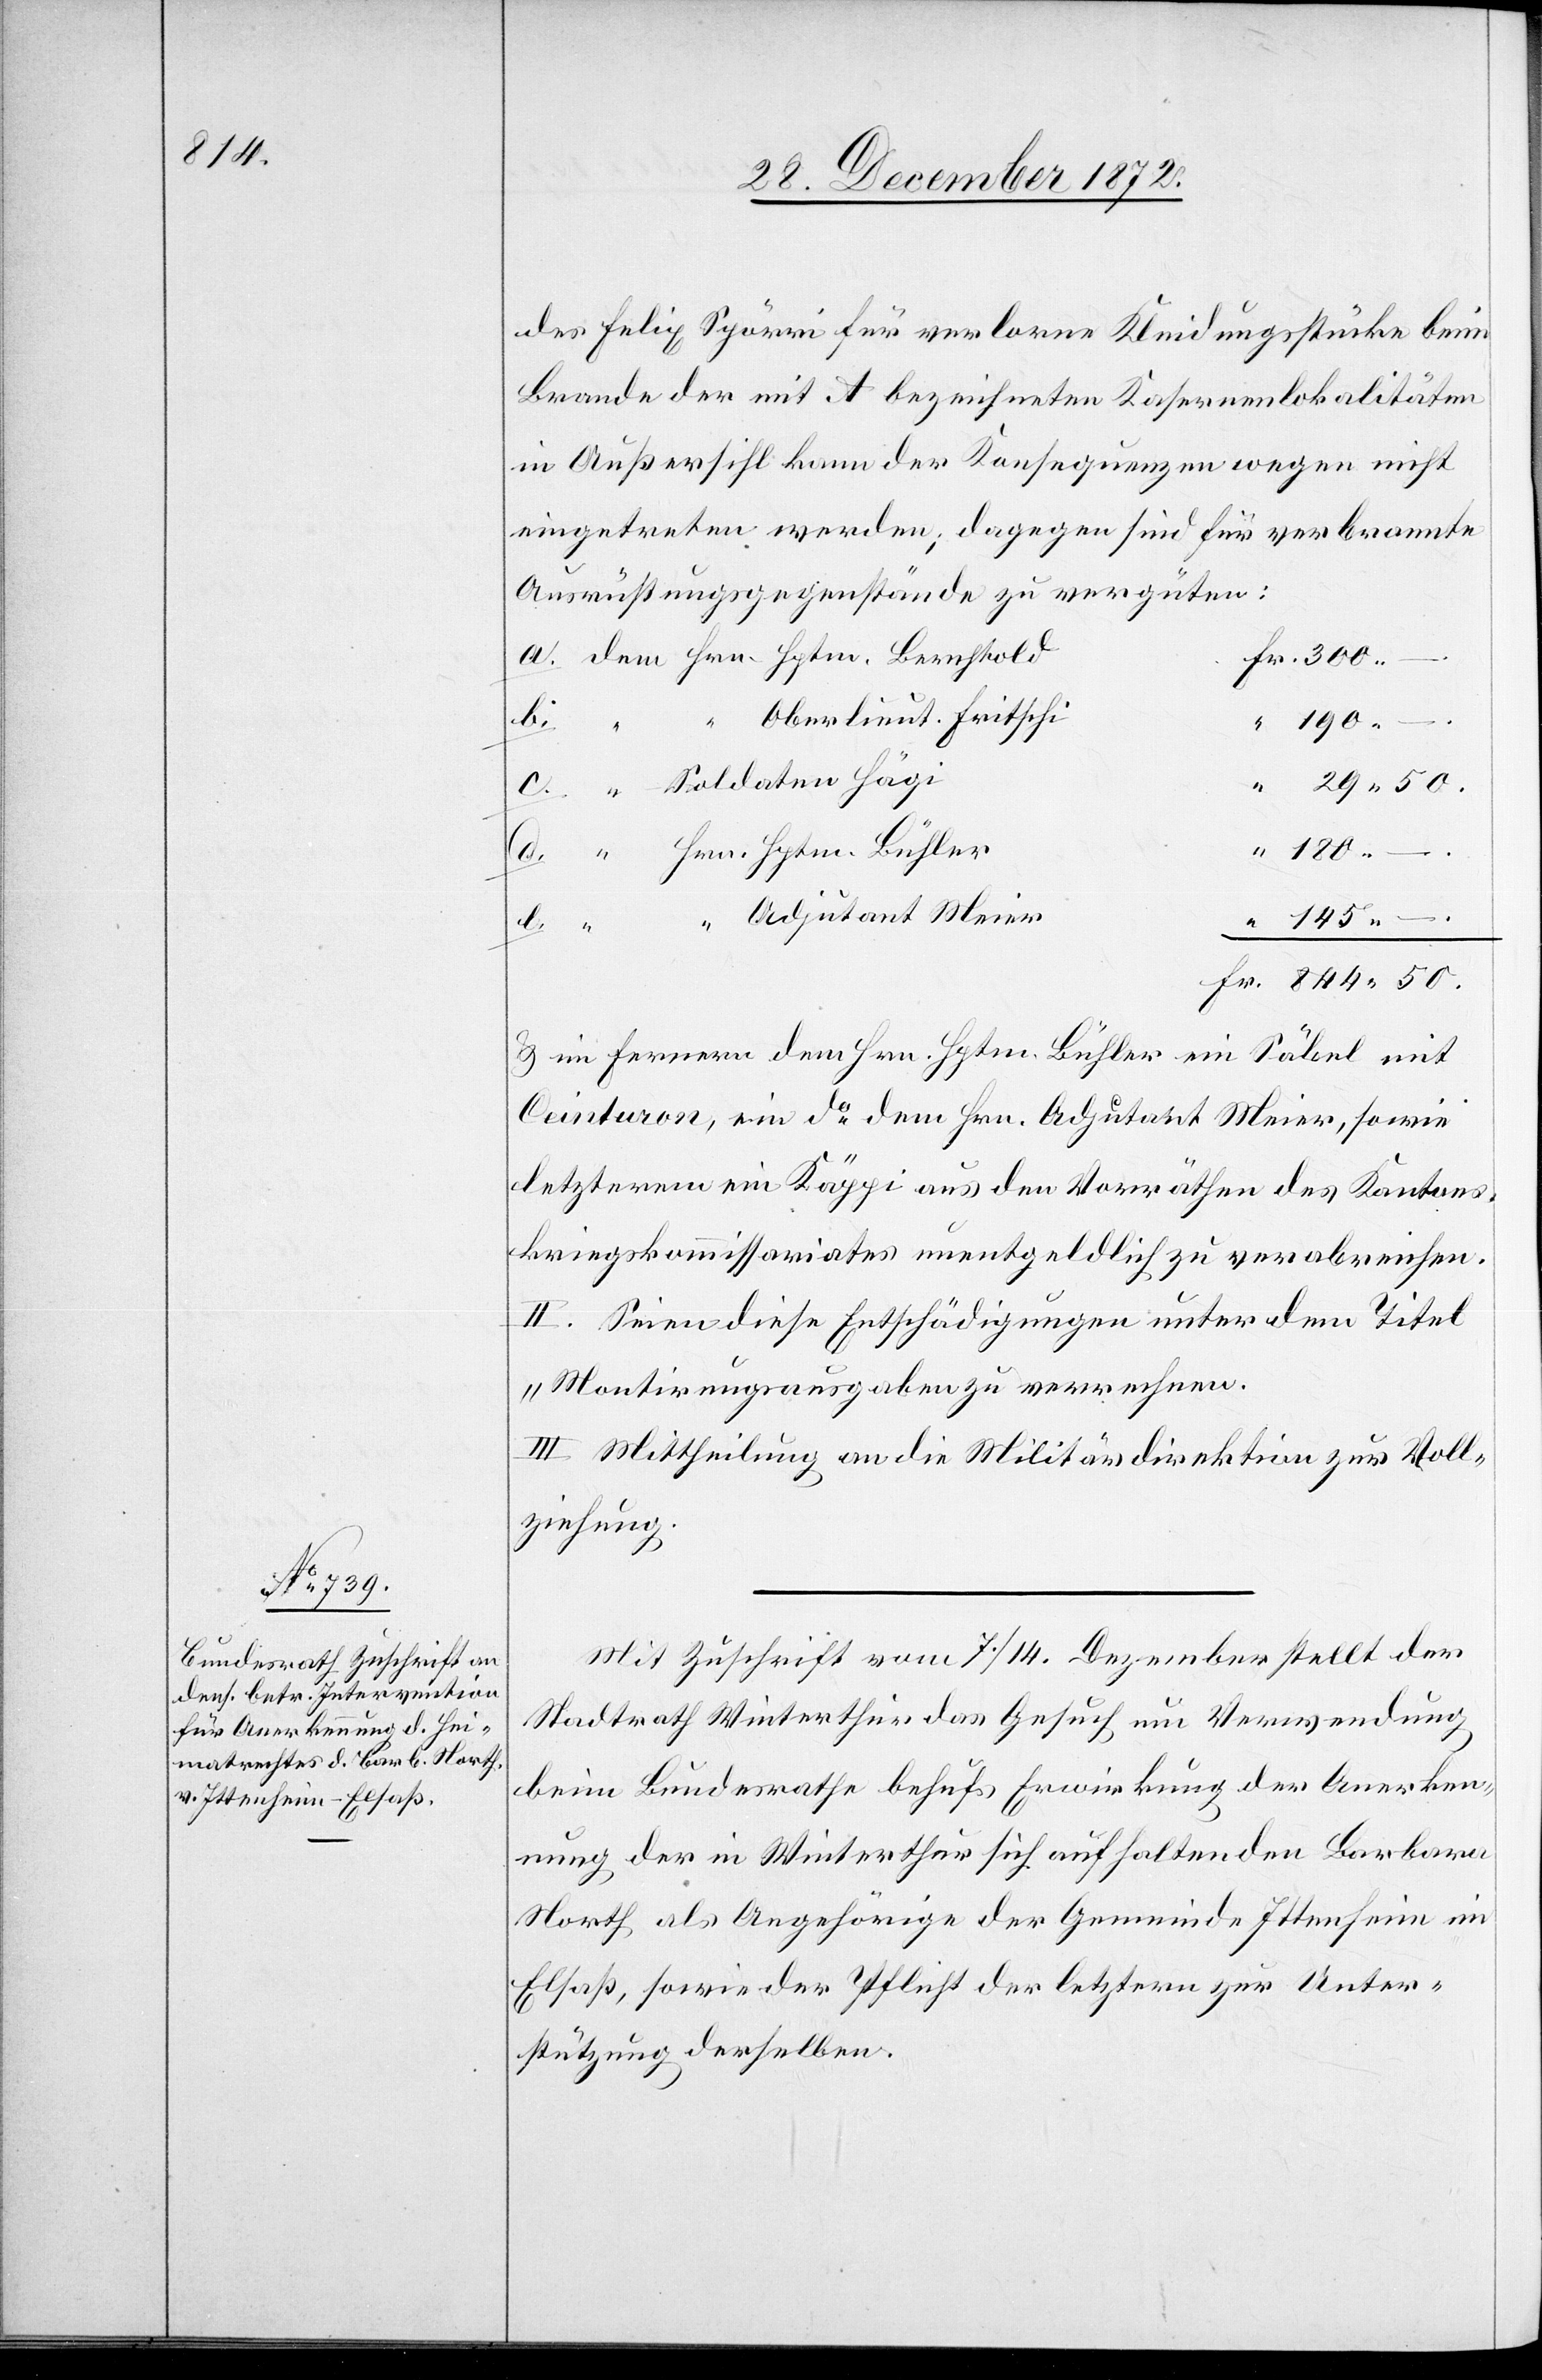
des Felix Spörri für verlorne Kleidungsstücke beim
Brande der mit A bezeichneten Kasernenlokalitäten
in Außersihl kann der Konsequenzen wegen nicht
eingetreten werden; dagegen sind für verbrannte
Ausrüstungsgegenstände zu vergüten:
“
Oberlieut. Fritschi
.
Fr.
50.
180 –
29 50.
d.
Hrn. Hptm. Bühler
Adjutant Meier
145 –
u. im Fernern dem Hrn. Hptm. Bühler ein Säbel mit
Ceinturon, ein do dem Hrn. Adjutant Meier, sowie
letzterem ein Käppi aus der Vorräthen des Kantons¬
kriegskommissariates unentgeldlich zu verabreichen.
II. Seien diese Entschädigungen unter dem Titel
„Montirungsausgaben“ zu verrechnen.
III. Mittheilung an die Militärdirektion zur Voll¬
ziehung.
Mit Zuschrift vom 7./14. Dezember stellt der
Stadtrath Winterthur das Gesuch um Verwendung
beim Bundesrathe behufs Erwirkung der Anerken¬
nung der in Winterthur sich aufhaltenden Barbara
North als Angehörige der Gemeinde Ittenheim im
Elsaß, sowie der Pflicht der letztern zur Unter¬
stützung derselben.